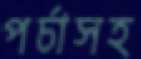
পর্চাসহ